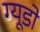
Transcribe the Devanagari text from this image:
ग्यूडो